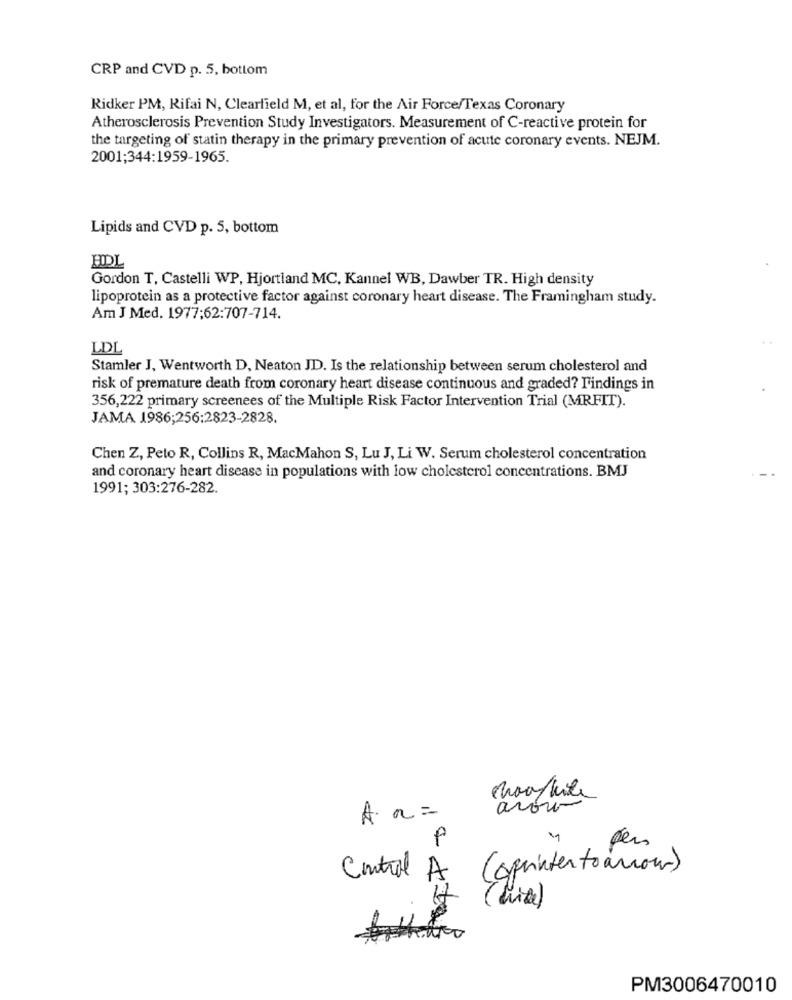
CRP and CVD p. 5, bottom
Ridker PM, Rifai N, Clearfield M, et al, for the Air Force/Texas Coronary
Atherosclerosis Prevention Study Investigators. Measurement of C-reactive protein for
the targeting of statin therapy in the primary prevention of acute coronary events. NEJM.
2001;344:1959-1965.
Lipids and CVD p. 5, bottom
HDL
Gordon T, Castelli WP, Hjortland MC, Kannel WB, Dawber TR. High density
lipoprotein as a protective factor against coronary heart disease. The Framingham study.
Am J Med. 1977:62:707-714.
LDL
Stamler J, Wentworth D, Neaton JD. Is the relationship between serum cholesterol and
risk of premature death from coronary heart disease continuous and graded? Findings in
356,222 primary screenees of the Multiple Risk Factor Intervention Trial (MRFIT).
JAMA 1986;256:2823-2828.
Chen Z, Peto R, Collins R, MacMahon S, Lu J, Li W. Serum cholesterol concentration
and coronary heart disease in populations with low cholesterol concentrations. BMJ
1991; 303:276-282.
arów-
A. a =
P
per
(aprinter to arrow)
Control A
( die)
PM3006470010